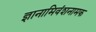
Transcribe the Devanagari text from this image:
ज्ञानामिवंशनामक